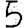
Digit: 5